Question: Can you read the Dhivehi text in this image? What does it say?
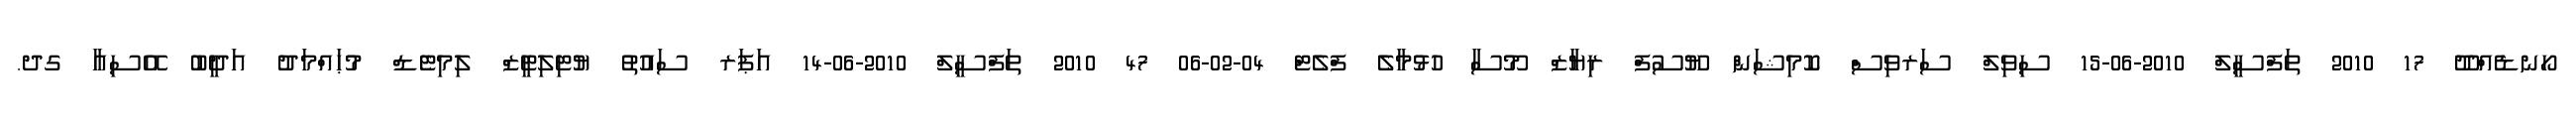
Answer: ހޯނޑެއްދޫ 17 2010 ތަފްސީލް 2010-06-15 ސިވިލް ސަރވިސް ކޮމިޝަން ޔޫސުފް ރިޔާޒް މޫސާ ހުޅުމާލެ ފްލެޓް 04-02-06 47 2010 ތަފްސީލް 2010-06-14 އަޕަރ ސައުތު ޔުޓިލިޓީޒް ލިމިޓެޑް މުޙައްމަދު އަދީބު އޭސިއާ ގދ.